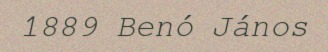
1889 Benó János